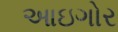
આઇગોર